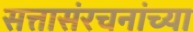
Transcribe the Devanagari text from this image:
सत्तासंरचनांच्या